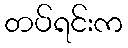
တပ်ရင်းက